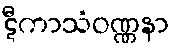
ဋီကာသံဝဏ္ဏနာ